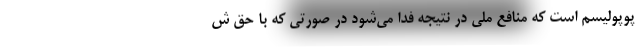
پوپولیسم است که منافع ملی در نتیجه فدا می‌شود در صورتی که با حق ش